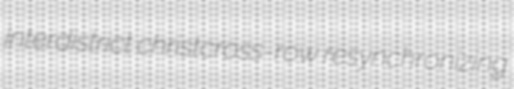
interdistrict christcross-row resynchronizing